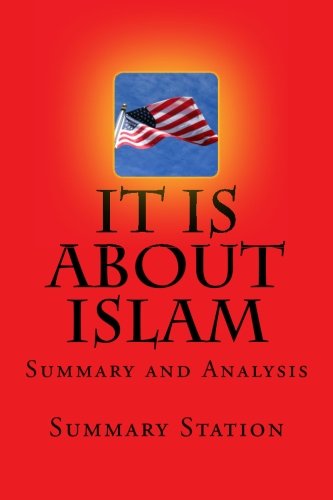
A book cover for It IS About Islam | Summary: Summary and Analysis of Glen Beck's "It IS About Islam: Exposing The Truth About ISIS, Al Qaeda, Iran, and the Caliphate"; Summary Station; Religion & Spirituality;